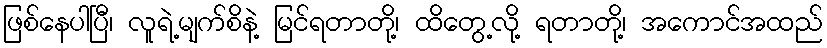
ဖြစ်နေပါပြီ၊ လူရဲ့မျက်စိနဲ့ မြင်ရတာတို့၊ ထိတွေ့လို့ ရတာတို့၊ အကောင်အထည်